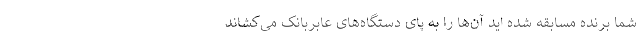
شما برنده مسابقه شده اید آن‌ها را به پای دستگاه‌های عابربانک می‌کشاند